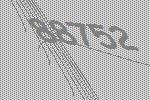
88752